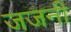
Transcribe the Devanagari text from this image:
जजनी